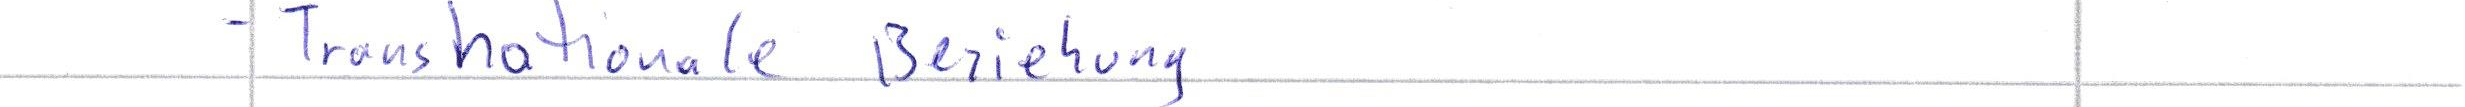
- Transnationale Beziehung